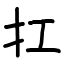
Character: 扛